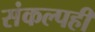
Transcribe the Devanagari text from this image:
संकल्पही